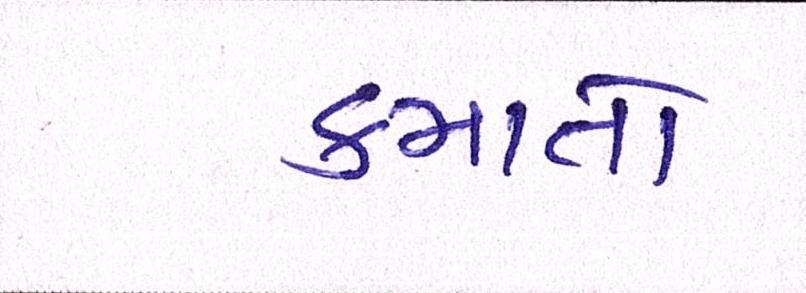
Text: કમાતો